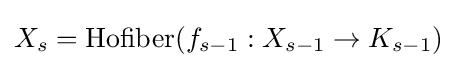
X_{s}={\text{Hofiber}}(f_{s-1}:X_{s-1}\to K_{s-1})